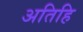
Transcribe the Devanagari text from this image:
अतिहि